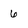
Character: 6